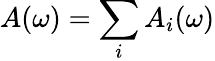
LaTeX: A(\omega)=\sum_{i}A_{i}(\omega)